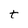
Character: t